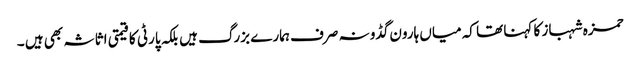
حمزہ شہباز کا کہنا تھا کہ میاں ہارون گڈو نہ صرف ہمارے بزرگ ہیں بلکہ پارٹی کا قیمتی اثاثہ بھی ہیں ۔